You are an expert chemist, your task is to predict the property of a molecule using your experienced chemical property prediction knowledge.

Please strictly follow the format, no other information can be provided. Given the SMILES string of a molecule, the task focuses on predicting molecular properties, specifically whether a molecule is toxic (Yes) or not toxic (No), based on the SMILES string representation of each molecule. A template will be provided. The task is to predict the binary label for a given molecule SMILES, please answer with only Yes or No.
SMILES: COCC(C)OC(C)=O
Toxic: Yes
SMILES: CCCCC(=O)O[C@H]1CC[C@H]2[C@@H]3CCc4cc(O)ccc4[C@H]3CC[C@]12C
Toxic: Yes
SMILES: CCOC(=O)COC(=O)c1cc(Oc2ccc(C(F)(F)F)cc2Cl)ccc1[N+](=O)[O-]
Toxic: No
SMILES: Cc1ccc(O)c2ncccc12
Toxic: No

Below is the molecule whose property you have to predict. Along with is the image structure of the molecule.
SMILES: CCOS(C)(=O)=O
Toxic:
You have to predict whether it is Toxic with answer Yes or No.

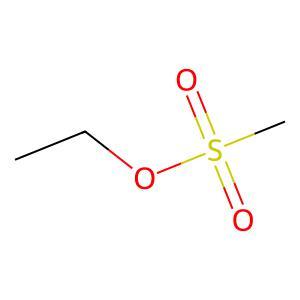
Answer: No